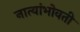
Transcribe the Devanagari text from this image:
नात्यांभोवती